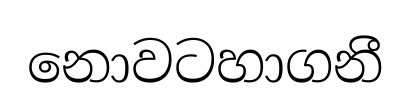
නොවටහාගනී